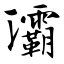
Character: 灞